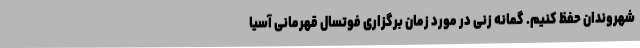
شهروندان حفظ کنیم. گمانه زنی در مورد زمان برگزاری فوتسال قهرمانی آسیا